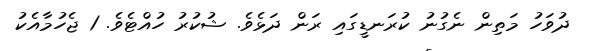
ދުވަހު މަތިން ނެގުނު ކުރަނޑީގައި ރަން ދަޅެވެ. ޝުކުރު ހުއްޓެވެ. 1 ޖެހުމާއެކު